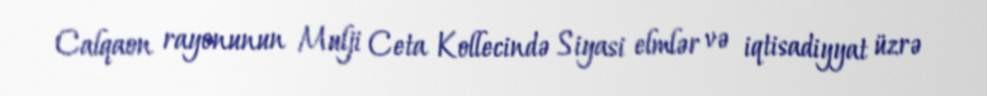
Calqaon rayonunun Mulji Ceta Kollecində Siyasi elmlər və iqtisadiyyat üzrə